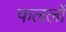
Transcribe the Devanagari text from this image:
फललों